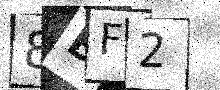
Text: 8BF2